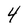
Character: 4